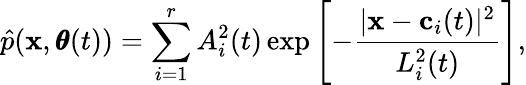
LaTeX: \hat{p}(\mathbf x,\pmb\theta(t))=\sum_{i=1}^{r}A_{i}^{2}(t)\exp\left[-\frac{|\mathbf x-\mathbf c_{i}(t)|^{2}}{L_{i}^{2}(t)}\right],